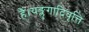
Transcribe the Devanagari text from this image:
हैं।यङ्लुगादिवृत्ति